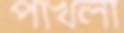
পাখলা